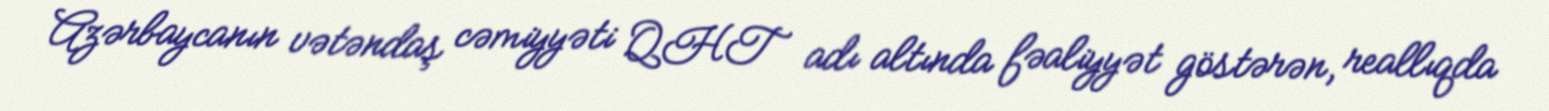
Azərbaycanın vətəndaş cəmiyyəti QHT adı altında fəaliyyət göstərən, reallıqda